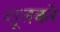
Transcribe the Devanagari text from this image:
शूलकरे